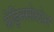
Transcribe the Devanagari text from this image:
प्रेड्निसोलोन